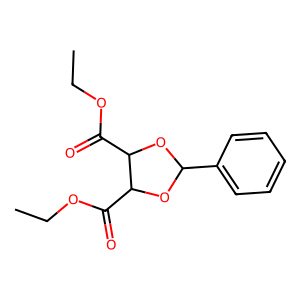
SMILES: CCOC(=O)C1OC(c2ccccc2)OC1C(=O)OCC
Inhibits HIV replication: No